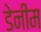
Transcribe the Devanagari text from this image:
डेनीम